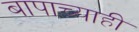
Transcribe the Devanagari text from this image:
बापाच्याही